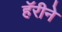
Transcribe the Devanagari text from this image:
हॅरीने